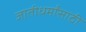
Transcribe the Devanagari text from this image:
जातीधर्मांसाठी